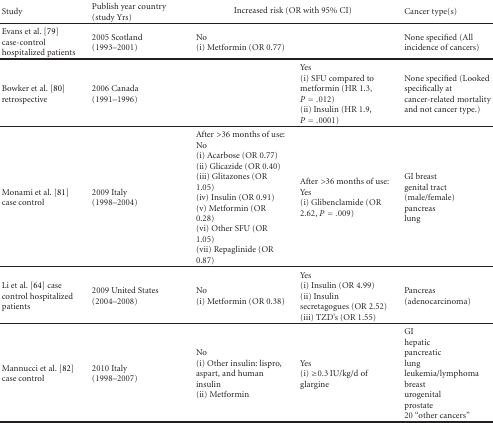
<table><thead><tr><td><b>Study</b></td><td><b>Publish year country (study Yrs)</b></td><td colspan="2"><b>Increased risk (OR with 95% CI)</b></td><td><b>Cancer type(s)</b></td></tr></thead><tbody><tr><td>Evans et al. [79] case-control hospitalized patients</td><td>2005 Scotland(1993–2001)</td><td>No(i) Metformin (OR 0.77)</td><td></td><td>None specified (All incidence of cancers) </td></tr><tr><td>Bowker et al. [80] retrospective</td><td>2006 Canada (1991–1996)</td><td></td><td>Yes(i) SFU compared to metformin (HR 1.3, <i>P</i> = .012) (ii) Insulin (HR 1.9, <i>P</i> = .0001)</td><td>None specified (Looked specifically at cancer-related mortality and not cancer type.) </td></tr><tr><td>Monami et al. [81] case control</td><td>2009 Italy (1998–2004)</td><td>After &gt;36 months of use: No(i) Acarbose (OR 0.77) (ii) Glicazide (OR 0.40) (iii) Glitazones (OR 1.05) (iv) Insulin (OR 0.91) (v) Metformin (OR 0.28) (vi) Other SFU (OR 1.05) (vii) Repaglinide (OR 0.87)</td><td>After &gt;36 months of use: Yes(i) Glibenclamide (OR 2.62, <i>P</i> = .009)</td><td>GI breastgenital tract(male/female) pancreaslung</td></tr><tr><td>Li et al. [64] case control hospitalized patients</td><td>2009 United States (2004–2008)</td><td>No(i) Metformin (OR 0.38)</td><td>Yes(i) Insulin (OR 4.99) (ii) Insulin secretagogues (OR 2.52) (iii) TZD&#x27;s (OR 1.55)</td><td>Pancreas (adenocarcinoma) </td></tr><tr><td>Mannucci et al. [82] case control</td><td>2010 Italy (1998–2007)</td><td>No(i) Other insulin: lispro, aspart, and human insulin(ii) Metformin</td><td>Yes(i) ≥0.3 IU/kg/d of glargine</td><td>GIhepaticpancreaticlungleukemia/lymphomabreasturogenitalprostate20 “other cancers”</td></tr></tbody></table>